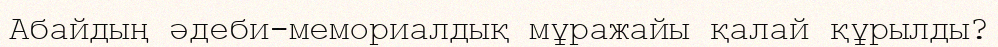
Абайдың әдеби-мемориалдық мұражайы қалай құрылды?